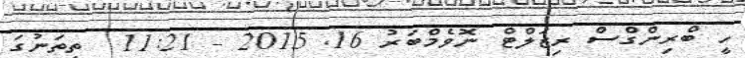
ހީ ބްރިންގްސް ރިޒަލްޓް ނޮވެމްބަރު 16